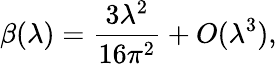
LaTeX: \beta(\lambda)=\frac{3\lambda^{2}}{16\pi^{2}}+O(\lambda^{3}),